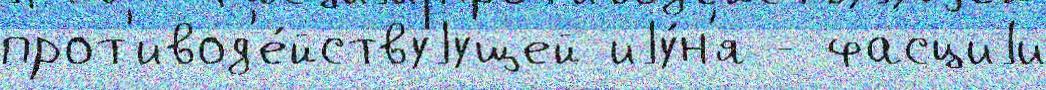
прот'ивод'е́йствуjущей иjу́н'я - фасциjи